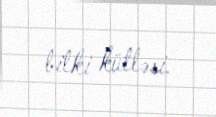
bitki kütləsi.